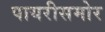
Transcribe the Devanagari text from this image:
पायरीसमोर